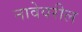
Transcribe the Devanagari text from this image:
नावेवरील